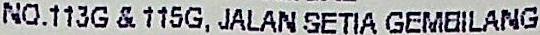
NO.113G & 115G, JALAN SETIA GEMBILANG